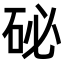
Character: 𥑖